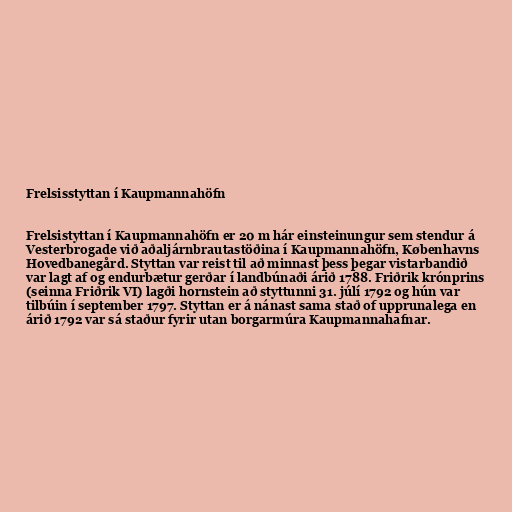
Frelsisstyttan í Kaupmannahöfn

Frelsistyttan í Kaupmannahöfn er 20 m hár einsteinungur sem stendur á
Vesterbrogade við aðaljárnbrautastöðina í Kaupmannahöfn, Københavns
Hovedbanegård. Styttan var reist til að minnast þess þegar vistarbandið
var lagt af og endurbætur gerðar í landbúnaði árið 1788. Friðrik krónprins
(seinna Friðrik VI) lagði hornstein að styttunni 31. júlí 1792 og hún var
tilbúin í september 1797. Styttan er á nánast sama stað of upprunalega en
árið 1792 var sá staður fyrir utan borgarmúra Kaupmannahafnar.